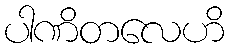
ပါဏိတလေဟိ